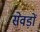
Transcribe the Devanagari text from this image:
सेवड़ों